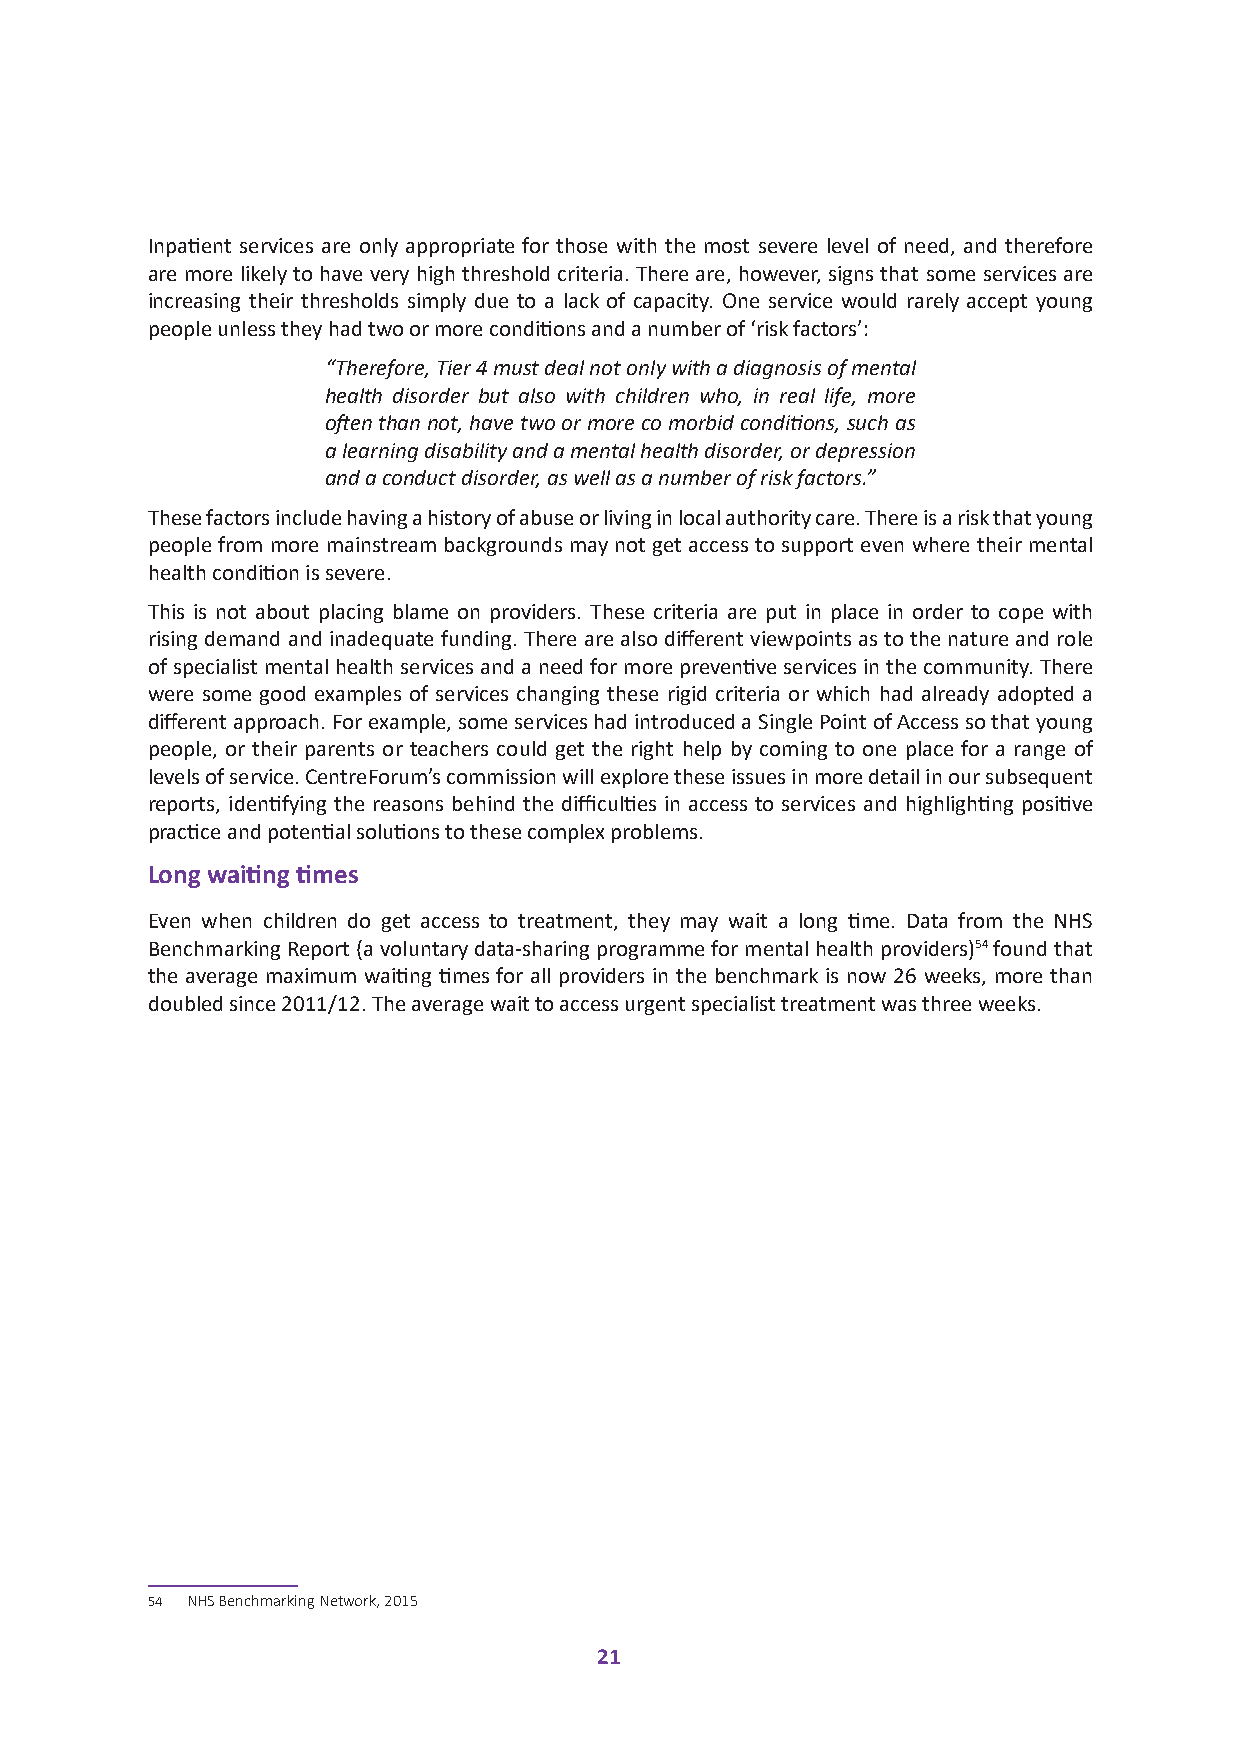
Inpatient services are only appropriate for those with the most severe level of need, and therefore
 are more likely to have very high threshold criteria. There are, however, signs that some services are
 increasing their thresholds simply due to a lack of capacity. One service would rarely accept young
 people unless they had two or more conditions and a number of ‘risk factors’:
 “Therefore, Tier 4 must deal not only with a diagnosis of mental
 health disorder but also with children who, in real life, more
 often than not, have two or more co morbid conditions, such as
 a learning disability and a mental health disorder, or depression
 and a conduct disorder, as well as a number of risk factors.”
 These factors include having a history of abuse or living in local authority care. There is a risk that young
 people from more mainstream backgrounds may not get access to support even where their mental
 health condition is severe.
 This is not about placing blame on providers. These criteria are put in place in order to cope with
 rising demand and inadequate funding. There are also different viewpoints as to the nature and role
 of specialist mental health services and a need for more preventive services in the community. There
 were some good examples of services changing these rigid criteria or which had already adopted a
 different approach. For example, some services had introduced a Single Point of Access so that young
 people, or their parents or teachers could get the right help by coming to one place for a range of
 levels of service. CentreForum’s commission will explore these issues in more detail in our subsequent
 reports, identifying the reasons behind the difficulties in access to services and highlighting positive
 practice and potential solutions to these complex problems.
 Long waiting times
 Even when children do get access to treatment, they may wait a long time. Data from the NHS
 Benchmarking Report (a voluntary data-sharing programme for mental health providers)54 found that
 the average maximum waiting times for all providers in the benchmark is now 26 weeks, more than
 doubled since 2011/12. The average wait to access urgent specialist treatment was three weeks.
 54 NHS Benchmarking Network, 2015
 21